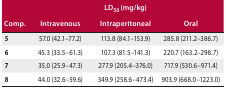
<table><thead><tr><td colspan="4"><b>LD<sub>50</sub> (mg/kg)</b></td></tr><tr><td><b>Comp.</b></td><td><b>Intravenous</b></td><td><b>Intraperitoneal</b></td><td><b>Oral</b></td></tr></thead><tbody><tr><td><b>5</b></td><td>57.0 (42.1–77.2)</td><td>113.8 (84.1–153.9)</td><td>285.8 (211.2–386.7)</td></tr><tr><td><b>6</b></td><td>45.3 (33.5–61.3)</td><td>107.3 (81.5–141.3)</td><td>220.7 (163.2–298.7)</td></tr><tr><td><b>7</b></td><td>35.0 (25.9–47.3)</td><td>277.9 (205.4–376.0)</td><td>717.9 (530.6–971.4)</td></tr><tr><td><b>8</b></td><td>44.0 (32.6–59.6)</td><td>349.9 (258.6–473.4)</td><td>903.9 (668.0–1223.0)</td></tr></tbody></table>